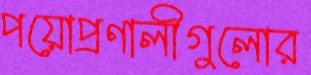
পয়োপ্রণালীগুলোর